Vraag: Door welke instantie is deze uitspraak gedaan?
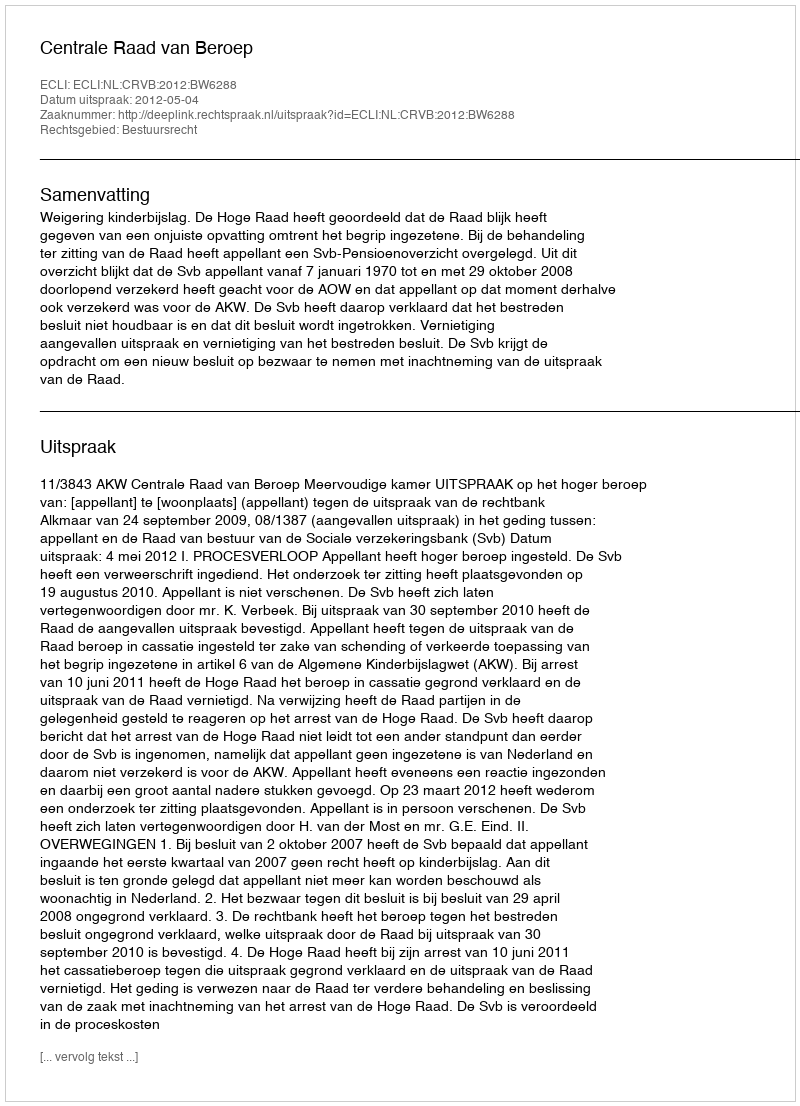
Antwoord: Centrale Raad van Beroep